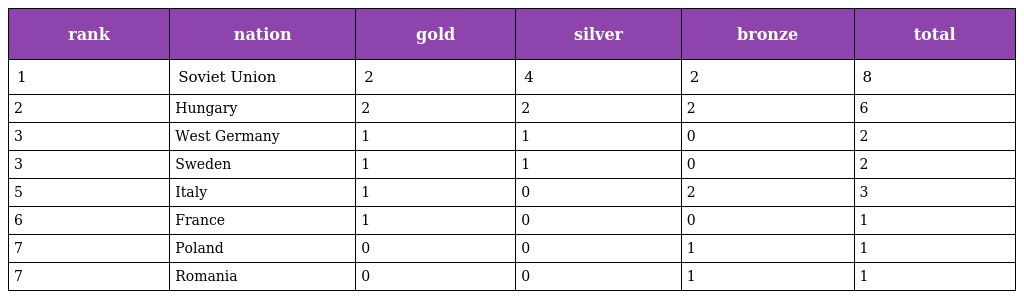
| rank | nation | gold | silver | bronze | total |
 | --- | --- | --- | --- | --- | --- |
 | 1 | Soviet Union | 2 | 4 | 2 | 8 |
 | 2 | Hungary | 2 | 2 | 2 | 6 |
 | 3 | West Germany | 1 | 1 | 0 | 2 |
 | 3 | Sweden | 1 | 1 | 0 | 2 |
 | 5 | Italy | 1 | 0 | 2 | 3 |
 | 6 | France | 1 | 0 | 0 | 1 |
 | 7 | Poland | 0 | 0 | 1 | 1 |
 | 7 | Romania | 0 | 0 | 1 | 1 |